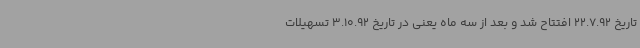
تاریخ 22.7.92 افتتاح شد و بعد از سه ماه یعنی در تاریخ 3.10.92 تسهیلات